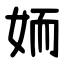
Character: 䎟